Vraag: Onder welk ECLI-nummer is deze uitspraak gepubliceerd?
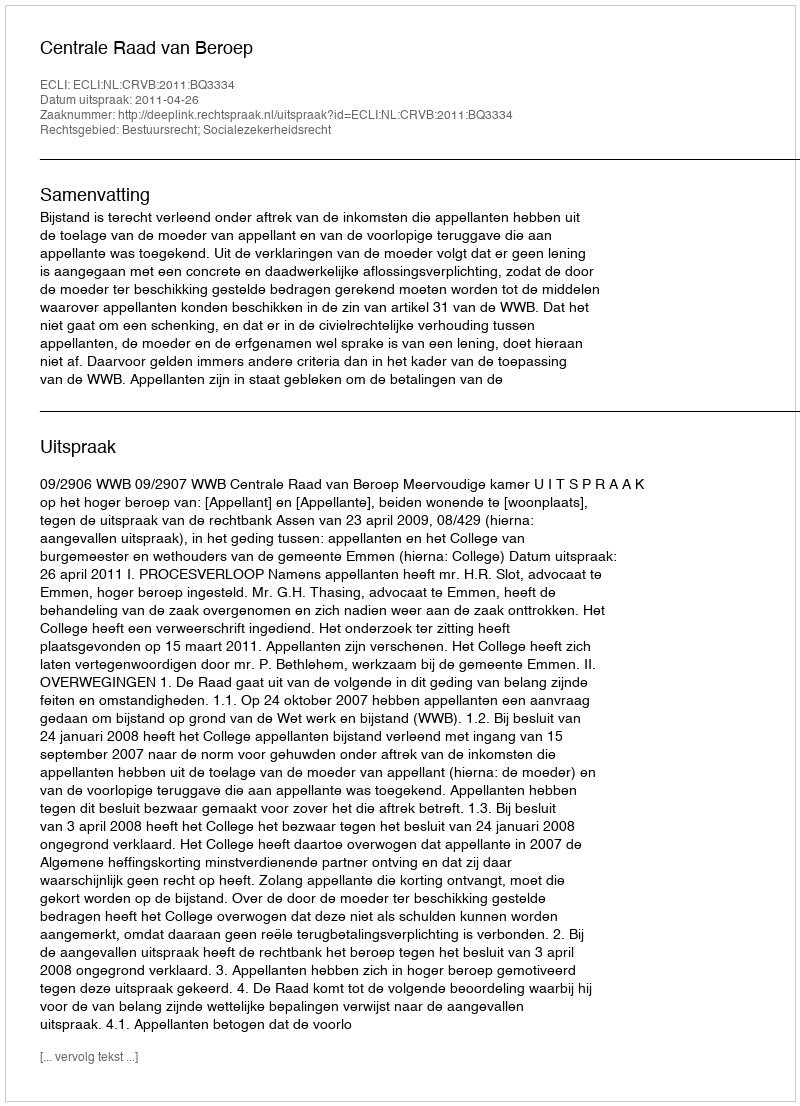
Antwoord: ECLI:NL:CRVB:2011:BQ3334